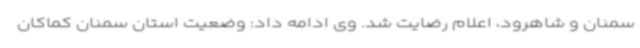
سمنان و شاهرود، اعلام رضایت شد. وی ادامه داد: وضعیت استان سمنان کماکان